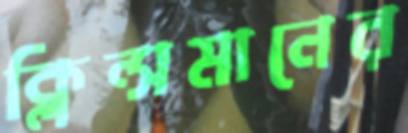
ক্লিন্সমানের